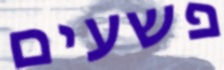
פשעים